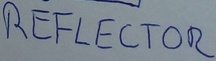
Text: REFLECTOR